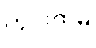
ကွင်းထဲမှ